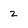
Character: 2